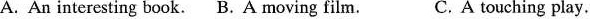
A. An interesting book. B. A moving film. C. A touching play.